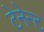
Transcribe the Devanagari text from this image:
टेनेन्ट